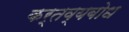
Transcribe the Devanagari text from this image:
कर्तव्यबोध